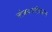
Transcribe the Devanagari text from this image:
लोकशाहीकरण